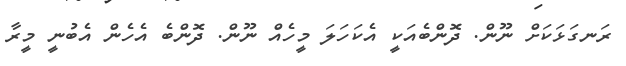
ރަނގަޅަކަށް ނޫން. ދޮންބެއަކީ އެކަހަލަ މީހެއް ނޫން. ދޮންބެ އެހެން އެބުނީ މީރާ